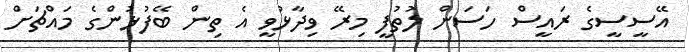
އޭސީސީގެ ރައީސް ހަސަން ލުތުފީ މިރޭ ވިދާޅުވީ އެ ތިން ބޭފުޅުންގެ މައްޗަށް